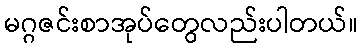
မဂ္ဂဇင်းစာအုပ်တွေလည်းပါတယ်။